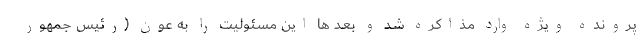
پرونده ویژه وارد مذاکره شد و بعد ها این مسئولیت را به عون (رئیس جمهور